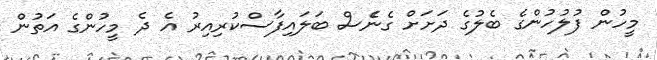
މީހުން ފުލުހުންގެ ބެލުގެ ދަށަށް ގެނެެސް ބަލައިފާސްކުރިއިރު އެ ދެ މީހުންގެ އަތުން